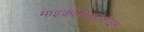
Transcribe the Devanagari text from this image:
माइक्रोक्रिस्टेलाइन